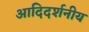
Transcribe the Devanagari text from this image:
आदिदर्शनीय